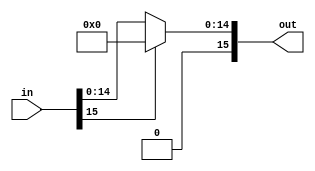
`timescale 1ns / 1ps
module sigma(in, out);

parameter WL = 16;

input [(WL - 1):0] in;
output [(WL - 1):0] out;

assign out = (in[WL - 1] == 1'b1) ? 0 : in;

endmodule